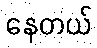
နေတယ်